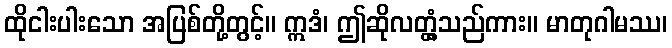
ထိုငါးပါးသော အပြစ်တို့တွင့်။ ဣဒံ၊ ဤဆိုလတ္တံ့သည်ကား။ မာတုဂါမဿ၊